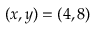
( x , y ) = ( 4 , 8 )